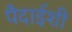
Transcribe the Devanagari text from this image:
पैदाईशी